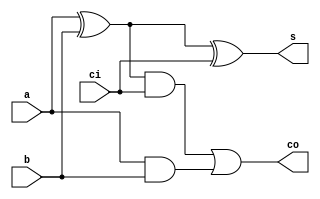
/*--  *******************************************************
--  Computer Architecture Course, Laboratory Sources 
--  Amirkabir University of Technology (Tehran Polytechnic)
--  Department of Computer Engineering (CE-AUT)
--  https://ce[dot]aut[dot]ac[dot]ir
--  *******************************************************
--  All Rights reserved (C) 2019-2020
--  *******************************************************
--  Student ID  : 
--  Student Name: 
--  Student Mail: 
--  *******************************************************
--  Additional Comments:
--
--*/

/*-----------------------------------------------------------
---  Module Name: Temperature Calculator Utils
---  Description: Module1:
-----------------------------------------------------------*/
`timescale 1 ns/1 ns
module full_adder (
	input a ,
	input b ,
	input ci ,
	output s ,
	output co
);
wire [2:0] w;
	xor  
				x1(w[0],a,b),
				x2(s,w[0],ci);
				
	and 
				a1(w[1],a,b),
				a2(w[2],w[0],ci);
	or       r1(co,w[2],w[1]);		


endmodule

module add_sub (
	input a ,
	input b ,
	input cin ,
	input sel ,
	output sum ,
	output cout
);
	wire w;
	xor r1(w,b,sel);
	full_adder fa(a,w,cin,sum,cout);
endmodule